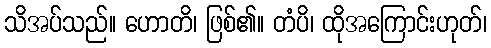
သိအပ်သည်။ ဟောတိ၊ ဖြစ်၏။ တံပိ၊ ထိုအကြောင်းဟုတ်၊